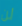
لن